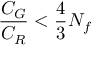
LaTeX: \frac { C _ { \cal G } } { C _ { R } } < \frac { 4 } { 3 } N _ { f }